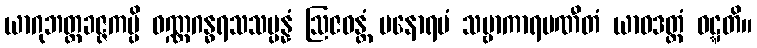
ယာဂုဘတ္တခဇ္ဇကမ္ပိ ဝဏ္ဏဂန္ဓရသသမ္ပန္နံ ဩဇဝန္တံ မနောရမံ သဗ္ဗာကာရပဏီတံ ယာဝဒတ္ထံ ဝဋ္ဋတိ။